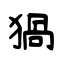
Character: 猧